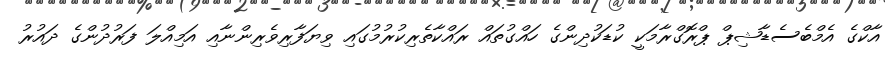
އާކްގެ އެމްބެސެޑާޝިޕް ޕްރޮގްރާމަކީ ކުޑަކުދިންގެ ހައްގުތައް ރައްކާތެރިކުރުމުގައި ވިޔަފާރިވެރިންނާއި އަމިއްލަ ފަރުދުންގެ ދައުރު